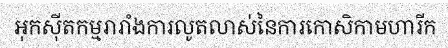
អុកស៊ីតកម្មរារាំងការលូតលាស់នៃការកោសិកាមហារីក